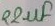
Text: 22µF